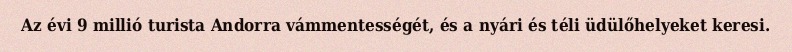
Az évi 9 millió turista Andorra vámmentességét, és a nyári és téli üdülőhelyeket keresi.